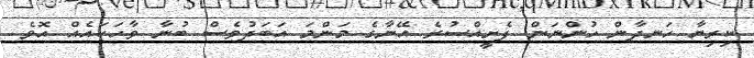
ކިރިޔާ ހަނދާން ހުންނަން ފެށީއްސުރެ އޭނާގެ މަންމަ އަބަދުވެސް ބުނާ ވާހަކައެއް އޮވެ